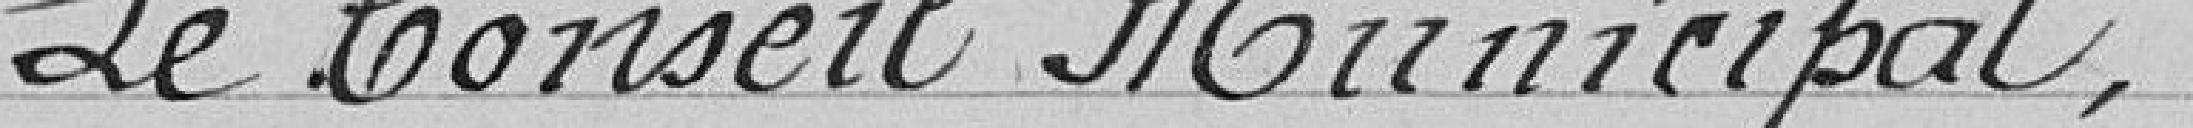
Le Conseil Municipal,